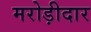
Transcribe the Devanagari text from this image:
मरोड़ीदार